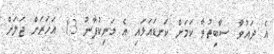
އެ ދައުވާ ސާބިތުވާ ކަމަށް ކަނޑައަޅައި އެ މަނިކުފާނު 13 އަހަރަށް ޖަލަށް